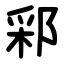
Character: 䣋